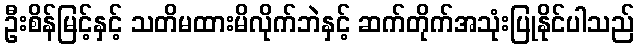
ဦးစိန်မြင့်နှင့် သတိမထားမိလိုက်ဘဲနှင့် ဆက်တိုက်အသုံးပြုနိုင်ပါသည်